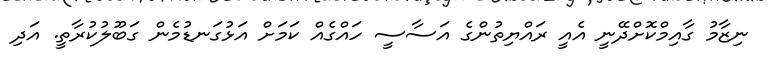
ނިޒާމު ގާއިމްކޮށްދޭނީ އެއީ ރައްޔިތުންގެ އަސާސީ ހައްގެއް ކަމަށް އަޅުގަނޑުމެން ގަބޫލުކުރާތީ. އަދި